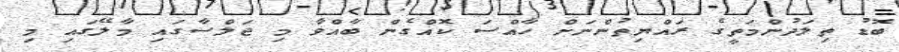
ބޮޑު ތިލަދުންމަތީގެ ރައްޔިތުންނަށް ހާއްސަ ކޮއްގެން ބާއްވާ މި ޖަލްސާގައި މާލޭގައި މި